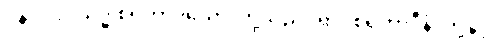
ပန၊ ပါး။ သဒ္ဓါစရိတာဒယော၊ တို့သည်။ ရာဂစရိတာဒီနံ၊ တို့နှင့်။